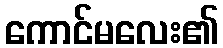
ကောင်မလေး၏